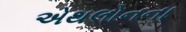
એથલોનના